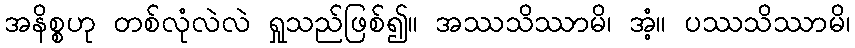
အနိစ္စဟု တစ်လုံလဲလဲ ရှုသည်ဖြစ်၍။ အဿသိဿာမိ၊ အံ့။ ပဿသိဿာမိ၊